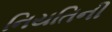
નિયતિની